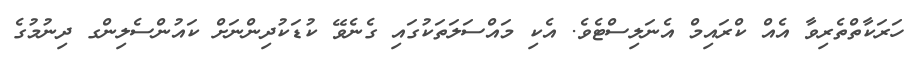
ހަރަކާތްތެރިވާ އެއް ކްރައިމް އެނަލިސްޓެވެ. އެކި މައްސަލަތަކުގައި ގެނެވޭ ކުޑަކުދިންނަށް ކައުންސެލިންގ ދިނުމުގެ